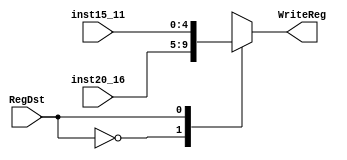
module Mux1(	
  input wire [20:16] inst20_16,
	input wire [15:11] inst15_11,
	input wire RegDst,
	output reg [4:0] WriteReg);

always @ (*) begin
		case(RegDst) 
			0 : WriteReg <= inst20_16;
			1 : WriteReg <= inst15_11;
		endcase
	end
endmodule